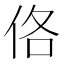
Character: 佫